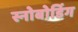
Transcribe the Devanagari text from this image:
स्नोबोर्डिग